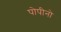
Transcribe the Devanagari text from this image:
पोपीनो